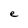
Character: e